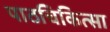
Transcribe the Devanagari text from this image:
पाठचिकित्सा